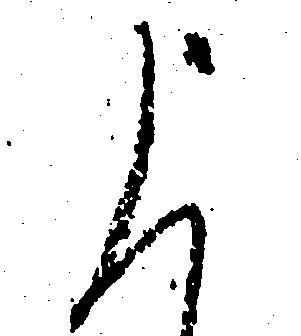
申